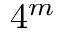
4 ^ { m }